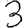
Digit: 3